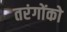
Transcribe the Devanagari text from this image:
तरंगोंको